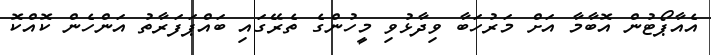
އެއާޕޯޓުން އޮބާމާ އަށް މަރުހަބާ ވިދާޅުވި މީހުންގެ ތެރޭގައި ބައްޕަފަރާތު އަންހެން ކޮއްކޮ